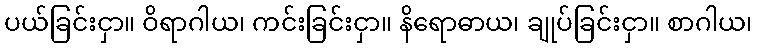
ပယ်ခြင်းငှာ။ ဝိရာဂါယ၊ ကင်းခြင်းငှာ။ နိရောဓာယ၊ ချုပ်ခြင်းငှာ။ စာဂါယ၊